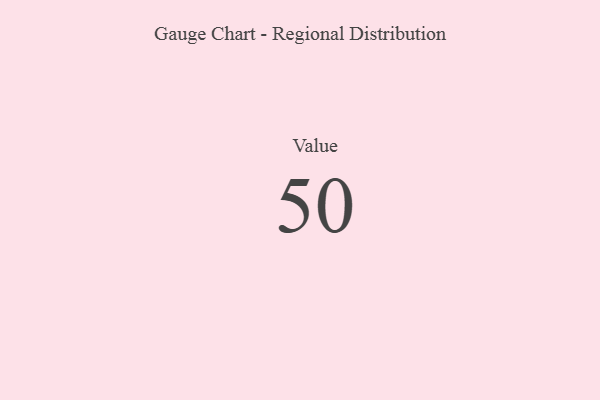
{"axis": {"x": "Metric", "y": "Value"}, "legend": [""], "data": [{"x": "Value", "y": 50, "type": ""}]}